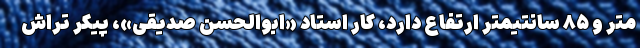
متر و ۸۵ سانتیمتر ارتفاع دارد، کار استاد «ابوالحسن صدیقی»، پیکر تراش